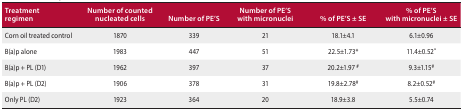
<table><thead><tr><td><b>Treatment regimen</b></td><td><b>Number of counted nucleated cells</b></td><td><b>Number of PE&#x27;S</b></td><td><b>Number of PE&#x27;S with micronuclei</b></td><td><b>% of PE&#x27;S ± SE</b></td><td><b>% of PE&#x27;S with micronuclei ± SE</b></td></tr></thead><tbody><tr><td>Corn oil treated control</td><td>1870</td><td>339</td><td>21</td><td>18.1±4.1</td><td>6.1±0.96</td></tr><tr><td>B(a)p alone</td><td>1983</td><td>447</td><td>51</td><td>22.5±1.73*</td><td>11.4±0.52*</td></tr><tr><td>B(a)p + PL (D1)</td><td>1962</td><td>397</td><td>37</td><td>20.2±1.97 #</td><td>9.3±1.15#</td></tr><tr><td>B(a)p + PL (D2)</td><td>1906</td><td>378</td><td>31</td><td>19.8±2.78#</td><td>8.2±0.52#</td></tr><tr><td>Only PL (D2)</td><td>1923</td><td>364</td><td>20</td><td>18.9±3.8</td><td>5.5±0.74</td></tr></tbody></table>